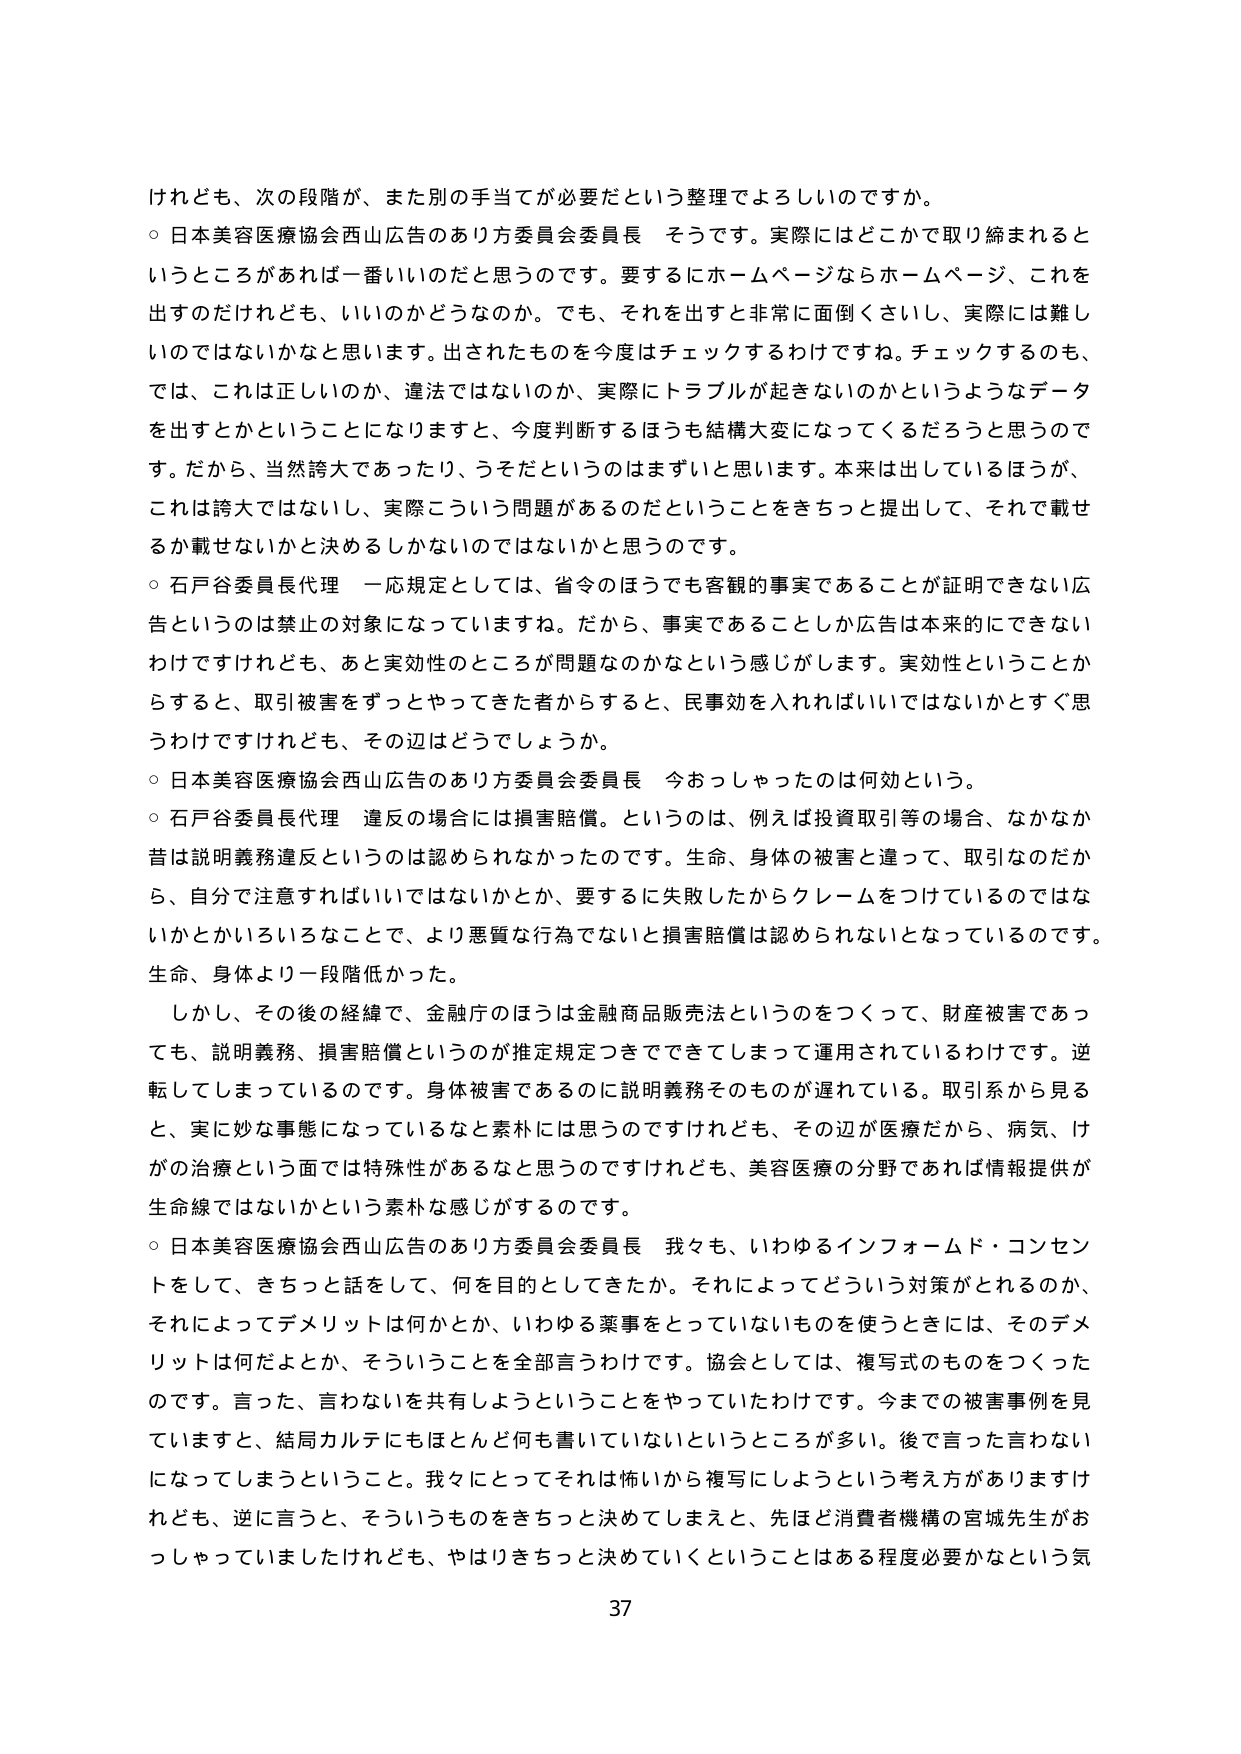
けれども、次の段階が、また別の手当てが必要だという整理でよろしいのですか。

○ 日本美容医療協会西山広告のあり方委員会委員長 そうです。実際にはどこかで取り締まれるというところがあれば一番いいのだと思うのです。要するにホームページならホームページ、これを出すのだけれども、いいのかどうなのか。でも、それを出すと非常に面倒くさいし、実際には難しいのではないかなと思います。出されたものを今度はチェックするわけですね。チェックするのも、では、これは正しいのか、違法ではないのか、実際にトラブルが起きないのかというようなデータを出すとかということになりますと、今度判断するほうも結構大変になってくるだろうと思うのです。だから、当然誇大であったり、うそだというのはまずいと思います。本来は出しているほうが、これは誇大ではないし、実際にこういう問題があるのだということをきちっと提示して、それで載せるか載せないかと決めるしかないのではないかと思うのです。

○ 石戸谷委員長代理 一応規定としては、省令のほうでも客観的事実であることが証明できない広告というのは禁止の対象になっています。だから、事実であることしか広告は本来的にできないわけですけれども、あと実効性のところが問題なのかなという感じがします。実効性ということからすると、取引被害をずっとやってきた者からすると、民事効を入れればいいではないかとすぐ思うわけですけれども、その辺はどうでしょうか。

○ 日本美容医療協会西山広告のあり方委員会委員長 今おっしゃったのは何効という。

○ 石戸谷委員長代理 違反の場合には損害賠償。というのは、例えば投資取引等の場合、なかなか昔は説明義務違反というのは認められなかったのです。生命、身体の被害と違って、取引なのだから、自分で注意すればいいではないかとか、要するに失敗したからクレームをつけているのではないかとかいろいろなことで、より悪質な行為でないと損害賠償は認められないととなっているのです。生命、身体より一段階低かった。

しかし、その後の経緯で、金融庁のほうは金融商品販売法というのをつくって、財産被害であっても、説明義務、損害賠償というのが推定規定つきでできてしまって運用されているわけです。逆転してしまっているのです。身体被害であるのに説明義務そのものが遅れている。取引系から見ると、実に妙な事態になっているなと素朴には思うのですけれども、その辺が医療だから、病気、けがの治療という面では特殊性があるなと思うのですけれども、美容医療の分野であれば情報提供が生命線ではないかという素朴な感じがするのです。

○ 日本美容医療協会西山広告のあり方委員会委員長 我々も、いわゆるインフォームド・コンセントをして、きちっと話をして、何を目的としてきたか。それによってどういう対策がとれるのか、それによってデメリットは何かとか、いわゆる薬事をとっていないものを使うときには、そのデメリットは何だよとか、そういうことを全部言うわけです。協会としては、複写式のものをつくったのです。言った、言わないを共有しようということをやっていたわけです。今までの被害事例を見ていますと、結局カルテにもほとんど何も書いていないというところが多い。後で言った言わないになってしまうということ。我々にとってそれは怖いから複写にしようという考え方がありますけれども、逆に言うと、そういうものをきちっと決めてしまえと、先ほど消費者機構の宮城先生がおっしゃっていましたけれども、やはりきちっと決めていくということはある程度必要かなという気

37